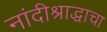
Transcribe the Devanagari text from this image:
नांदीश्राद्धाचा